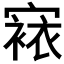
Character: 𭔔